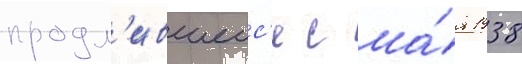
продл'ившеис'я с ма́я 1938